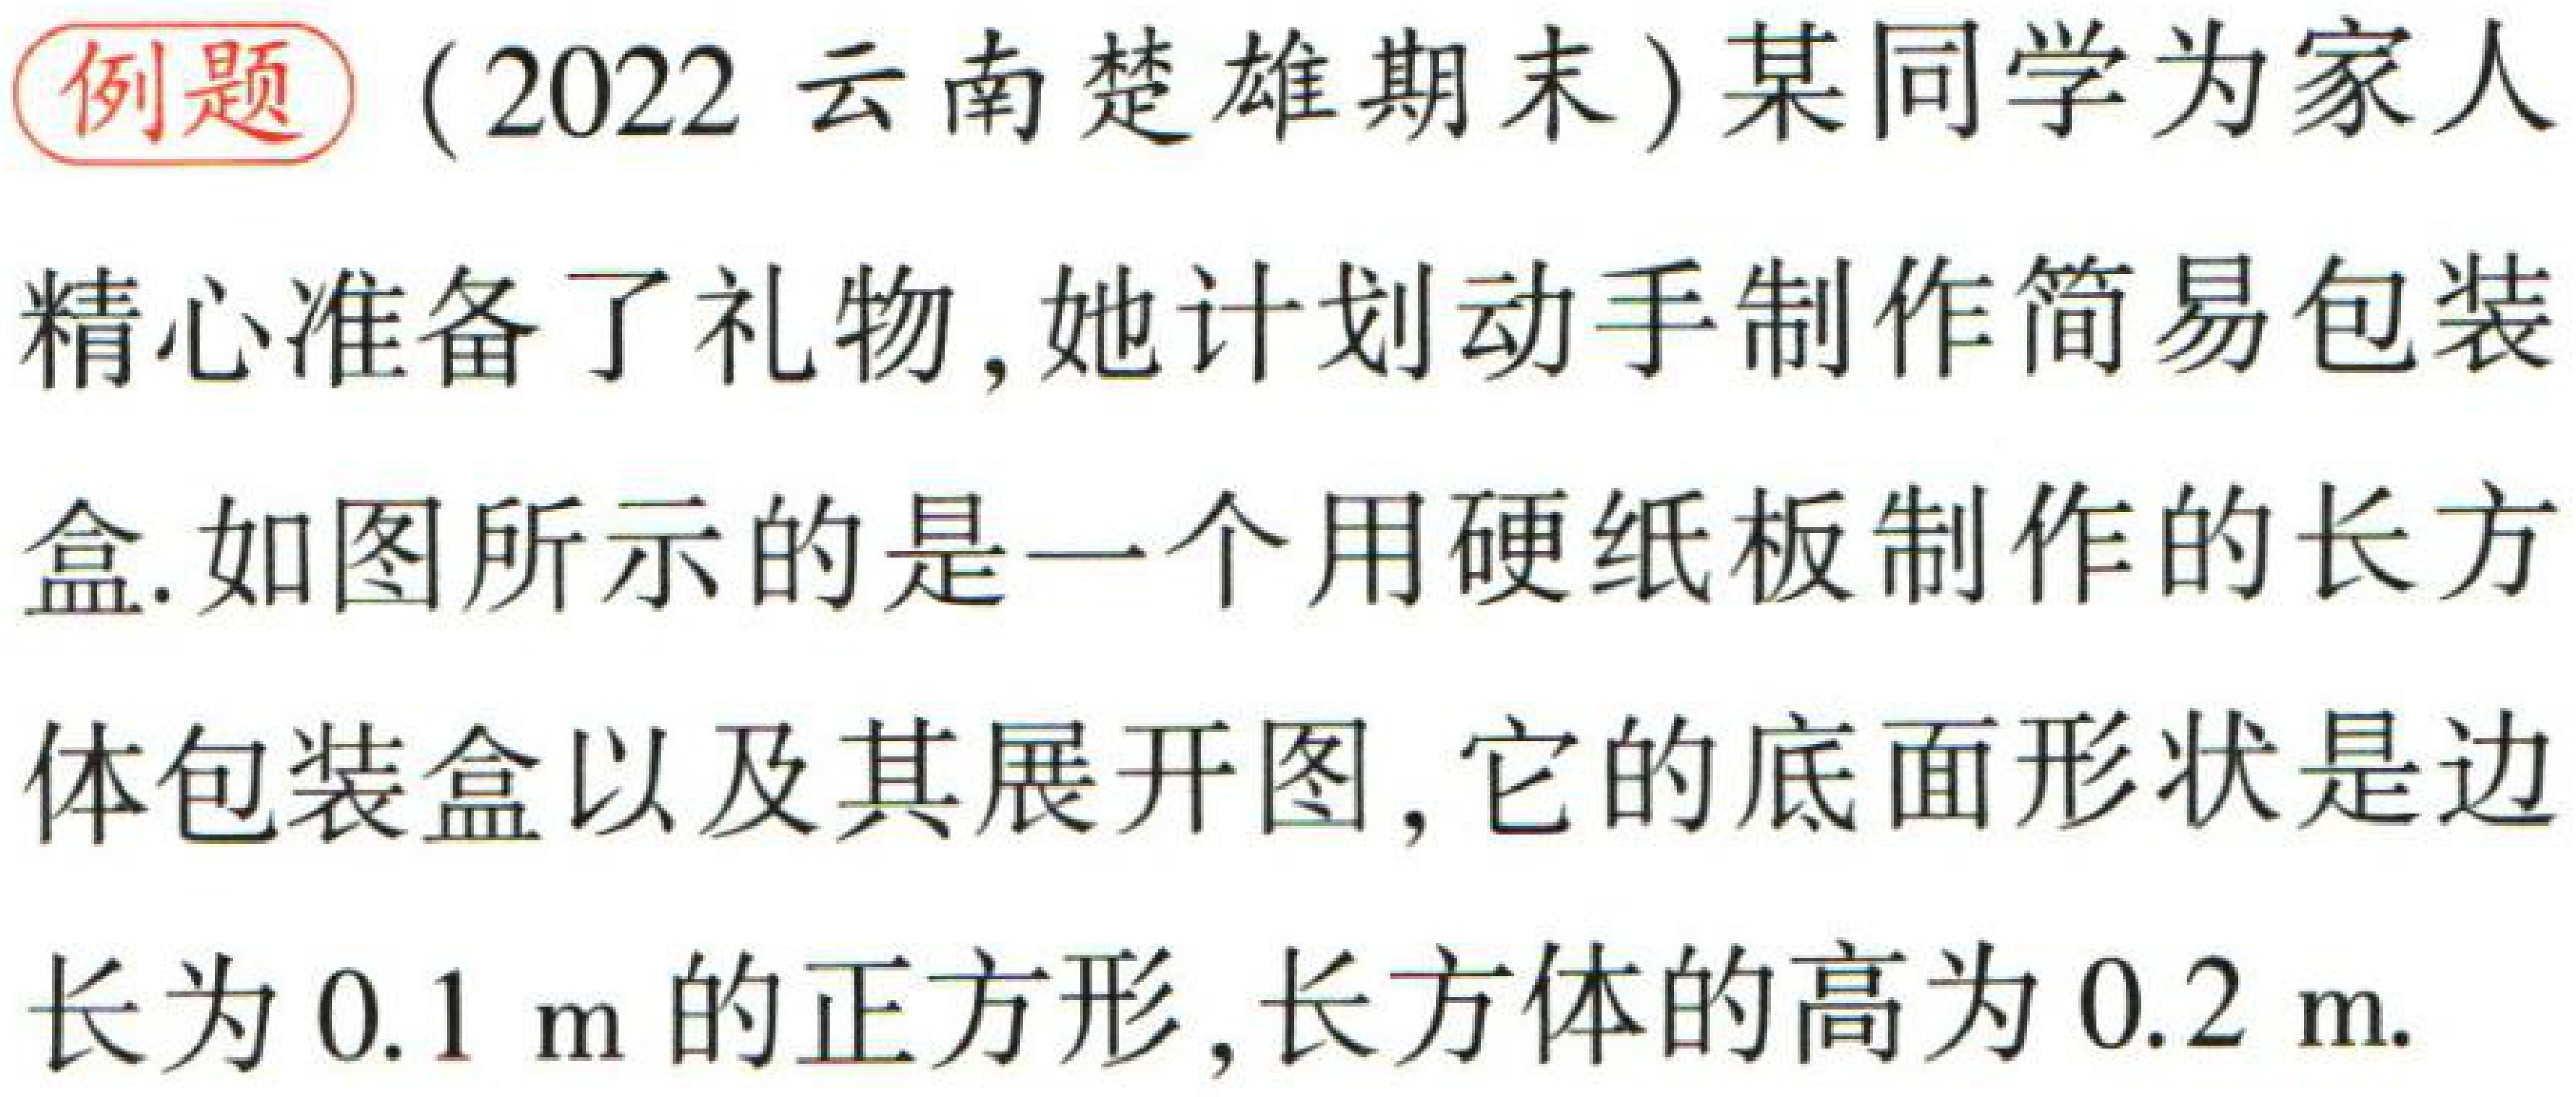
例题（2022云南楚雄期末）某同学为家人精心准备了礼物,她计划动手制作简易包装盒.如图所示的是一个用硬纸板制作的长方体包装盒以及其展开图,它的底面形状是边长为 \(0.1\mathrm{\ m}\)的正方形,长方体的高为 \(0.2\mathrm{\ m}\).